Malaria in the Duars
Disease focus: Malaria
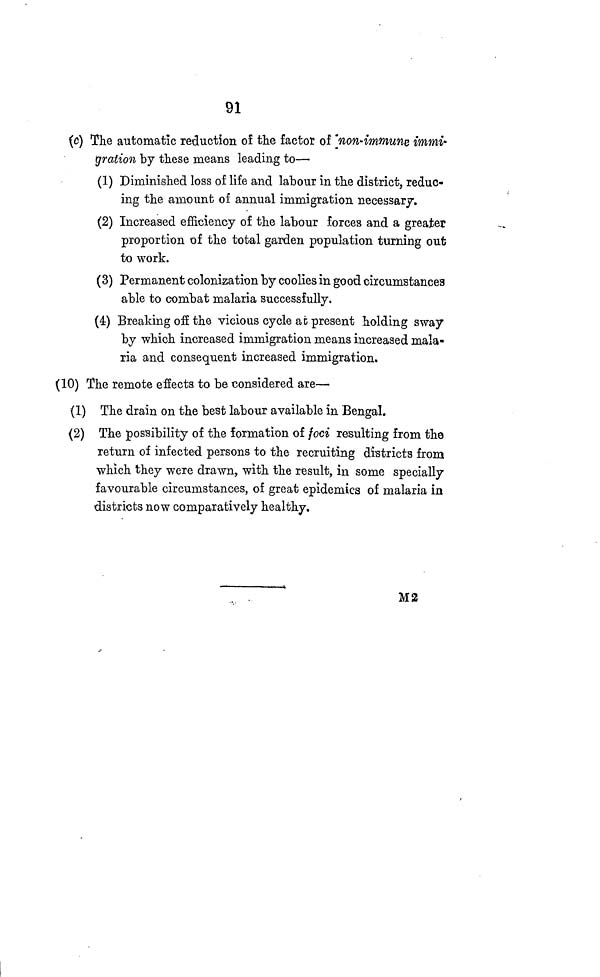
91
(c) The automatic reduction of the factor of 'non-immune immi-
gration by these means leading to—
(1) Diminished loss of life and labour in the district, reduc-
ing the amount of annual immigration necessary.
(2) Increased efficiency of the labour forces and a greater
proportion of the total garden population turning out
to work.
(3) Permanent colonization by coolies in good circumstances
able to combat malaria successfully.
(4) Breaking off the vicious cycle at present holding sway
by which increased immigration means increased mala-
ria and consequent increased immigration.
(10) The remote effects to be considered are—
(1) The drain on the best labour available in Bengal.
(2) The possibility of the formation of foci resulting from the
return of infected persons to the recruiting districts from
which they were drawn, with the result, in some specially
favourable circumstances, of great epidemics of malaria in
districts now comparatively healthy.
M2